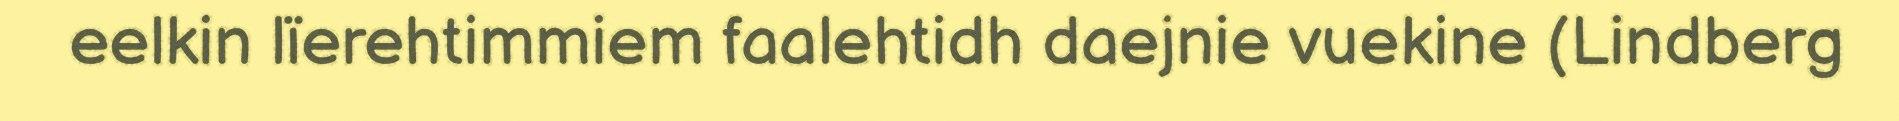
eelkin lïerehtimmiem faalehtidh daejnie vuekine (Lindberg